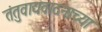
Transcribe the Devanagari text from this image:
तंतुवाद्यवादनाच्या